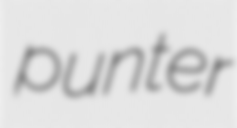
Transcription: punter